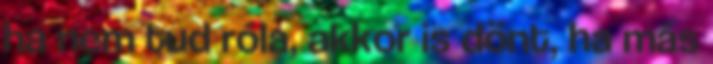
ha nem tud róla, akkor is dönt, ha más